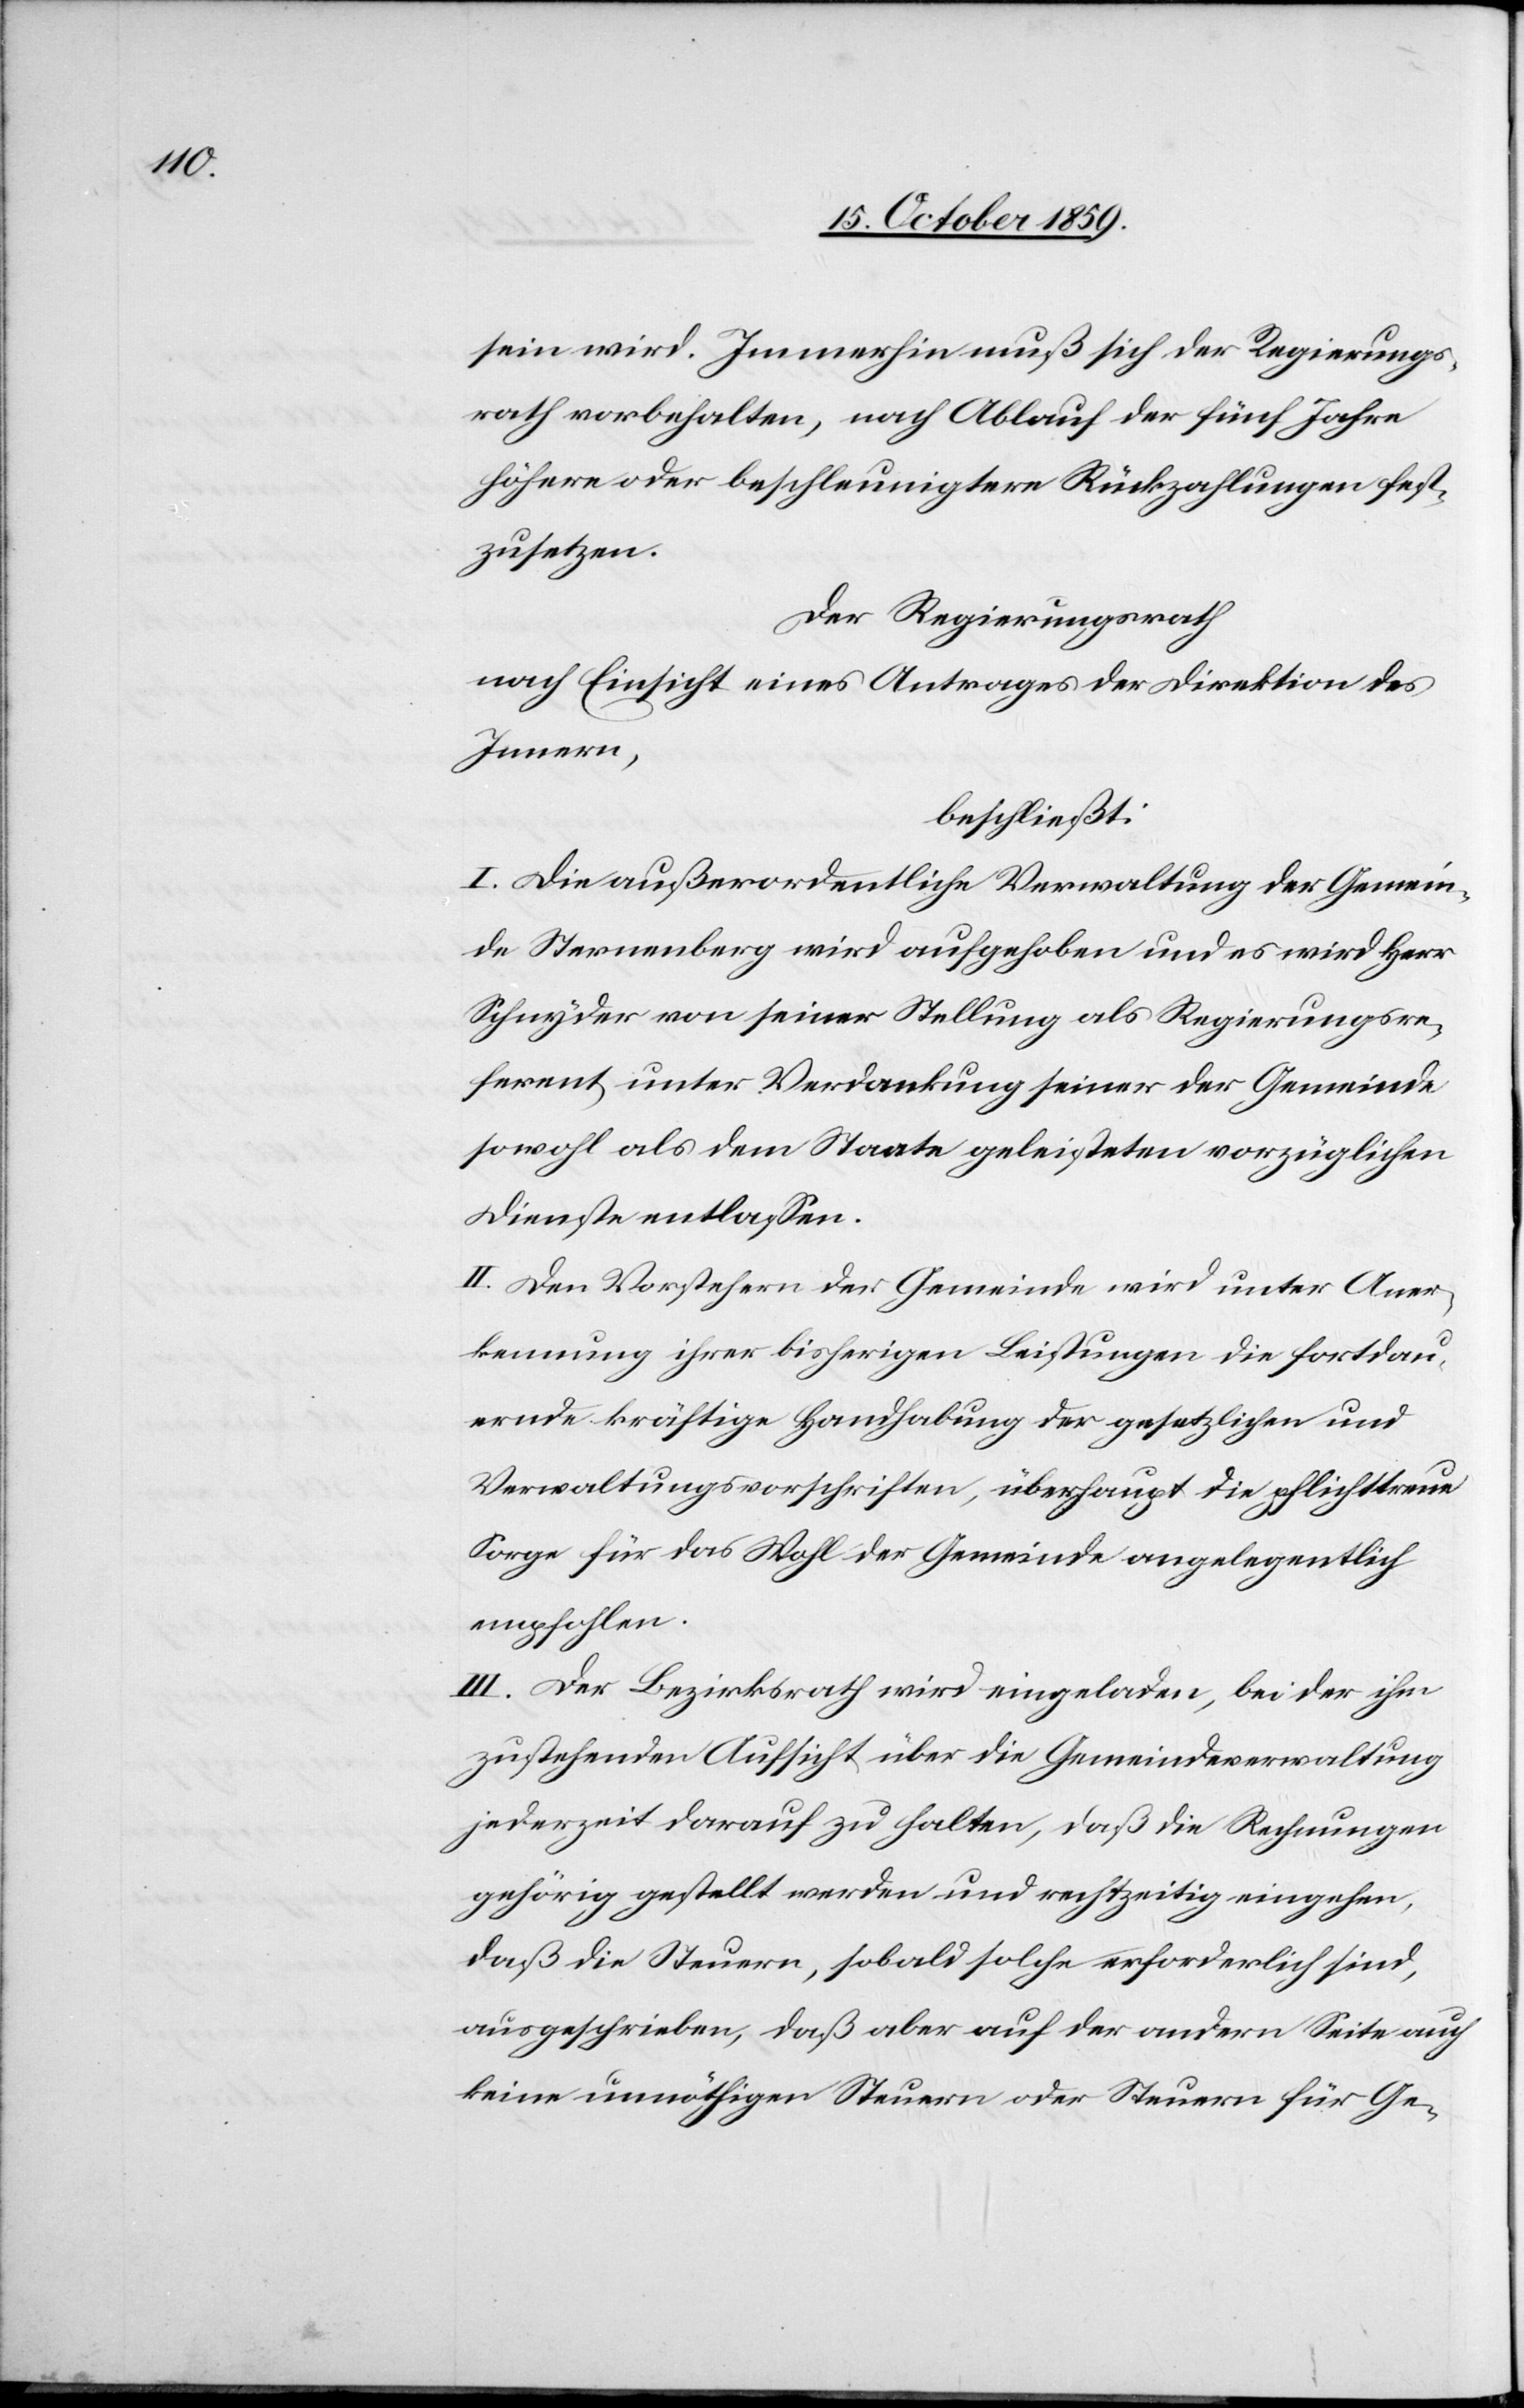
sein wird. Immerhin muß sich der Regierungs¬
rath vorbehalten, nach Ablauf der fünf Jahre
höhere oder beschleunigtere Rückzahlungen fest¬
zusetzen.
Der Regierungsrath,
nach Einsicht eines Antrages der Direktion des
Innern,
beschließt:
I. Die außerordentliche Verwaltung der Gemein¬
de Sternenberg wird aufgehoben und es wird Herr
Schnyder von seiner Stellung als Regierungsre¬
ferent unter Verdankung seiner der Gemeinde
sowohl als dem Staate geleisteten vorzüglichen
Dienste entlassen.
II. Den Vorstehern der Gemeinde wird unter Aner¬
kennung ihrer bisherigen Leistungen die fortdau¬
ernde kräftige Handhabung der gesetzlichen und
Verwaltungsvorschriften, überhaupt die pflichttreue
Sorge für das Wohl der Gemeinde angelegentlich
empfohlen.
III. Der Bezirksrath wird eingeladen, bei der ihm
zustehenden Aufsicht über die Gemeindeverwaltung
jederzeit darauf zu halten, daß die Rechnungen
gehörig gestellt werden und rechtzeitig eingehen,
daß die Steuern, sobald solche erforderlich sind,
ausgeschrieben, daß aber auf der anderen Seite auch
keine unnöthigen Steuern oder Steuern für Ge-